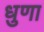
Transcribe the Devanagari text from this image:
धुणा